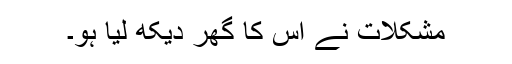
مشکلات نے اس کا گھر دیکھ لیا ہو۔